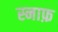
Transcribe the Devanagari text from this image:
स्नाफ़